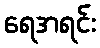
ရေအရင်း